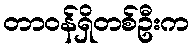
တာဝန်ရှိတစ်ဦးက